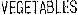
VEGETABLES